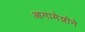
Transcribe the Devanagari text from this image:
आगामेन्नोने